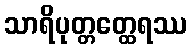
သာရိပုတ္တတ္ထေရဿ